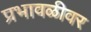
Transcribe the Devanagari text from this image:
प्रभावळीवर